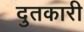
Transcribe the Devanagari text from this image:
दुतकारी